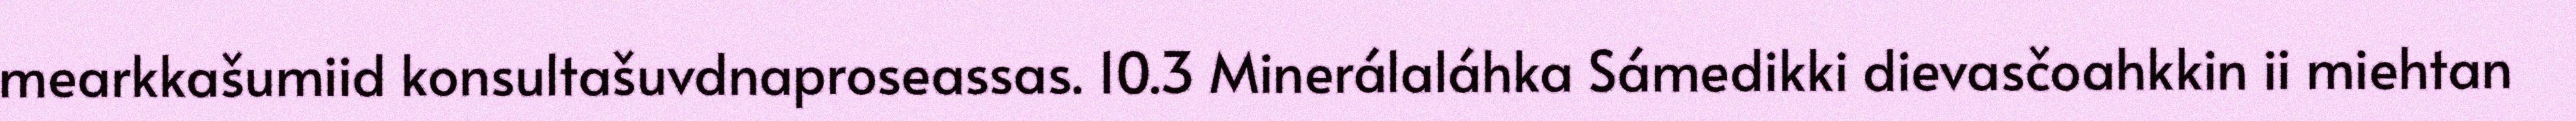
mearkkašumiid konsultašuvdnaproseassas. 10.3 Minerálaláhka Sámedikki dievasčoahkkin ii miehtan